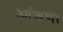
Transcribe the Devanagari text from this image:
आंजणा